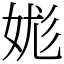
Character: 娏